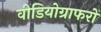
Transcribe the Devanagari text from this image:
वीडियोग्राफरों